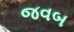
જવબ